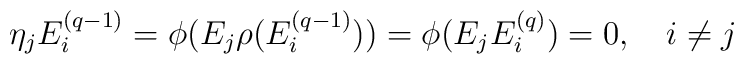
\eta _{j}E_{i}^{(q-1)}=\phi (E_{j}\rho (E_{i}^{(q-1)}))=\phi(E_{j}E_{i}^{(q)})=0,\quad i\neq j